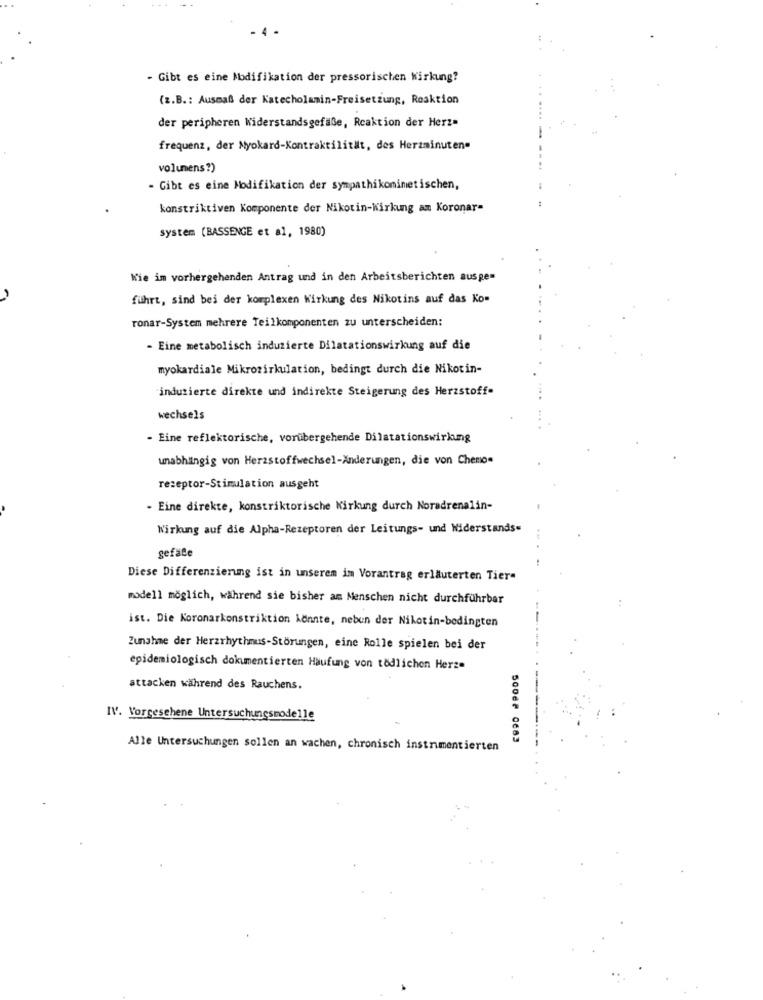
- Gibt es eine Modifikation der pressorischen Wirkung?
(z.B .: Ausmaß der Katecholamin-Freisetzung, Reaktion
der peripheren Widerstandsgefäße, Reaktion der Herz=
frequenz, der Myokard-Kontraktilität, des Herzminuten.
volumens?)
- Gibt es eine Modifikation der sympathikonimetischen,
konstriktiven Komponente der Nikotin-Wirkung am Koronar-
system (BASSENGE et al, 1980)
Wie im vorhergehenden Antrag und in den Arbeitsberichten ausge=
führt, sind bei der komplexen Wirkung des Nikotins auf das Kom
ronar-System mehrere Teilkomponenten zu unterscheiden:
- Eine metabolisch induzierte Dilatationswirkung auf die
myokardiale Mikrozirkulation, bedingt durch die Nikotin-
induzierte direkte und indirekte Steigerung des Herzstoff-
wechsels
- Eine reflektorische, vorübergehende Dilatationswirkung
unabhängig von Herzstoffwechsel-Änderungen, die von Chenon
rezeptor-Stimulation ausgeht
- Eine direkte, konstriktorische Wirkung durch Noradrenalin-
Wirkung auf die Alpha-Rezeptoren der Leitungs- und Widerstands=
gefäte
Diese Differenzierung ist in unserem im Vorantrag erläuterten Tier-
modell möglich, während sie bisher am Menschen nicht durchführbar
ist. Die Koronarkonstriktion konnte, nebun der Nikotin-bedingten
Zunahme der Herzrhythmus-Störungen, eine Rolle spielen bei der
epidemiologisch dokumentierten Häufung von tödlichen Herze
attacken während des Rauchens.
IV. Vorgesehene Untersuchungsmodelle
5006# 0683
Alle Untersuchungen sollen an wachen, chronisch instrumentierten